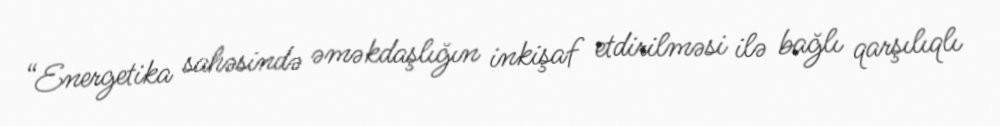
“Energetika sahəsində əməkdaşlığın inkişaf etdirilməsi ilə bağlı qarşılıqlı